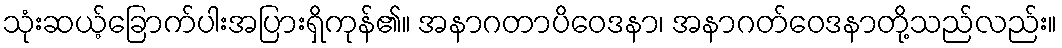
သုံးဆယ့်ခြောက်ပါးအပြားရှိကုန်၏။ အနာဂတာပိဝေဒနာ၊ အနာဂတ်ဝေဒနာတို့သည်လည်း။